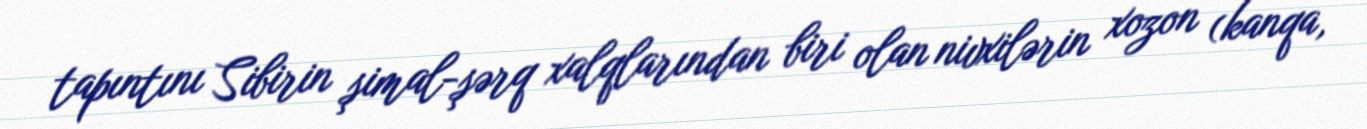
tapıntını Sibirin şimal-şərq xalqlarından biri olan nivxilərin xozon (kanqa,